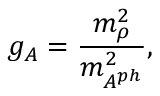
g _ { A } = \frac { m _ { \rho } ^ { 2 } } { m _ { A ^ { p h } } ^ { 2 } } ,